Report on horse surra - Volume I
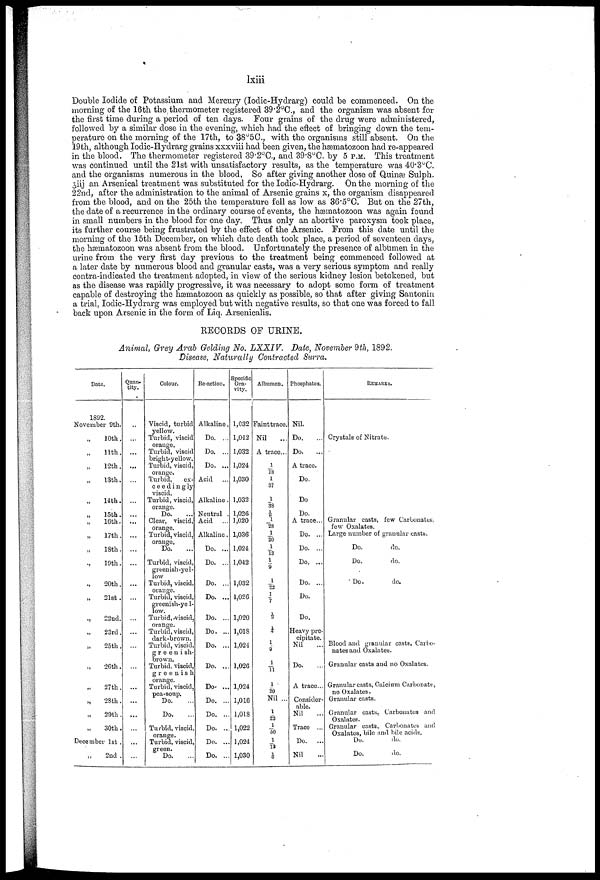
lxiii
Double Iodide of Potassium and Mercury (Iodic-Hydrarg) could be commenced. On the
morning of the 16th the, thermometer registered 39.2°C., and the organism was absent for
the first time during a period of ten days. Four grains of the drug were administered,
followed by a similar dose in the evening, which had the eftect of bringing down the tem
perature on the morning of the 17th, to 38°5C., with the organisms still absent. On the
19th, although Iodic-Hydrarg grains xxxviii had been given, the hæmatozoon had re-appeared
in the blood. The thermometer registered 39.2°C, and 39.8°C. by 5 P.M. This treatment
was continued until the 21st with unsatisfactory results, as the temperature was 40.3°C.
and the organisms numerous in the blood, So after giving another dose of Quinæ Sulph.
3iij an Arsenical treatment was substituted for the Iodic-Hydrarg. On the morning of the
22nd, after the administration to the animal of Arsenic grains x, the organism disappeared
from the blood, and on the 25th the temperature fell as low as 36.5°0. But on the 27th,
the date of a recurrence in the ordinary course of events, the hæmatozoon was again found
in small numbers in the blood for one day. Thus only an abortive paroxysm took place,
its further course being frustrated by the effect of the Arsenic. From this date until the
morning of the 15th December, on which date death took place, a period of seventeen days,
the hæmatozoon was absent from the blood. Unfortunately the presence of albumen in the
urine from the very first day previous to the treatment being commenced followed at
a later date by numerous blood and granular casts, was a very serious symptom and really
contra-indicated the treatment adopted, in view of the serious kidney lesion betokened, but
as the disease was rapidly progressive, it was necessary to adopt some form of treatment
capable of destroying the hæmatozoon as quickly as possible, so that after giving Santonin
a trial, Iodic-Hydrarg was employed but with negative results, so that one was forced to fall
back upon Arsenic in the form of Liq. Arsenicalis.
RECORDS OF URINE.
Animal, Grey Arab Gelding No. LXXIV.
Dale, November 9 th, 1892.
Disease, Naturally Contracted Surra.
Date.
1S92.
November 9th.
„ 10th.
„ 11th.
„ 12th.
„ 13th.
„ 14th.
„ 15th.
„ 16th.
„ 17th.
„ 18th.
„ 19th.
„ 20th.
„ 21st .
„
22nd.
„
23rd.
„ 25th.
„ 26th.
„ 27th.
„
28th.
„29th.
„ 30th.
December 1st .
„ 2nd .
Quan¬
tity.
...
...
...
...
...
...
...
...
...
...
...
...
...
...
...
...
...
...
...
...
...
...
Colour.
Viscid, turbid
yellow.
Turbid, viscid
orange.
Turbid, viscid
bright-yellow.
Turbid, viscid,
orange.
Turbid,
ex
ceedingly
viscid.
Turbid, viscid,
orange.
Do.
Clear, viscid,
orange.
Turbid, viscid,
orange.
Do.
...
Turbid, viscid,
greenish-yel
low
Turbid, viscid,
orange.
Turbid, viscid,
greenish-ye 1¬
low.
Turbid, viscid,
orange.
Turbid, viscid,
dark-brown.
Turbid, viscid,
greenish-
brown.
Turbid, viscid,
greenish
orange.
Turbid, viscid,
pea-soup.
Do.
Do.
Turbid, viscid,
orange.
Turbid, viscid,
green.
Do.
Re-action.
Alkaline.
Do. ...
Do. ...
Do. ...
Acid
Alkaline.
Neutral .
Acid
Alkaline.
Do. ...
Do. ...
Do. ...
Do. ...
Do. ...
Do. ...
Do. ...
Do. ...
Do- ...
Do. ...
Do. ...
Do. ...
Do. ...
Do. ...
Specific
Gra
vity.
1,032
1,042
1,032
1,024
1,030
1,032
1,026
1,020
1,036
1,024
1,042
1,032
1,026
1,020
1,018
1,024
1,026
1,024
1,016
1,018
1,022
1,024
1,030
Albumen.
Faint trace.
Nil
A trace...
1/18
1/37
1/38
⅛
1/28
1/20
1/13
1/ 9
1/22
1/ 7
⅓
¼
1/9
1/11
1/20
Nil ...
1/23
1/50
1/12
1/6
Phosphates.
Nil.
Do.
Do.
A trace.
Do.
Do
Do.
A trace...
Do. ...
Do. ...
Do, ...
Do. ...
Do.
Do.
Heavy pre
cipitate.
Nil
Do.
A trace...
Consider
able.
Nil
Trace ...
Do.
...
Nil
REMARKS.
Crystals of Nitrate.
Granular casts, few Carbonates,
few Oxalates.
Large number of granular casts.
Do.
do.
Do.
do.
Do.
do.
Blood and granular casts, Carbo
nates and Oxalates.
Granular casts and no Oxalates.
Granular casts, Calcium Carbonate,
no Oxalates.
Granular casts.
Granular casts, Carbonates and
Oxalates.
Granular casts, Carbonates and
Oxalates, bile and bile acids.
Do.
do.
Do.
do.